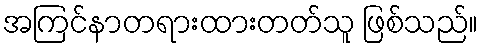
အကြင်နာတရားထားတတ်သူ ဖြစ်သည်။